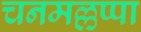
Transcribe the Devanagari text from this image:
चनमल्लप्पा